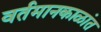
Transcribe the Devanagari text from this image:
वर्तमानकाळांत